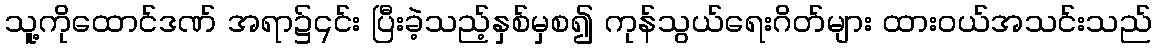
သူ့ကိုထောင်ဒဏ် အရာ၌၎င်း ပြီးခဲ့သည့်နှစ်မှစ၍ ကုန်သွယ်ရေးဂိတ်များ ထားဝယ်အသင်းသည်